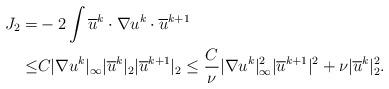
LaTeX: \begin{align*}J_2=& -2\int \overline{u}^{k} \cdot \nabla u^{k}\cdot \overline{u}^{k+1}\\\leq & C|\nabla u^k|_\infty | \overline{u}^{k}|_2 | \overline{u}^{k+1}|_2\leq \frac{C}{\nu} |\nabla u^k|^2_\infty | \overline{u}^{k+1}|^2+\nu | \overline{u}^{k}|^2_2.\end{align*}